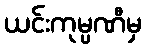
ယင်းကုမ္ပဏီမှ